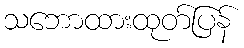
သဘောထားထုတ်ပြန်